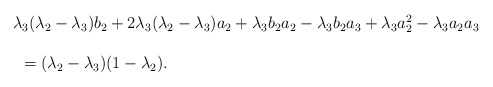
\begin{align*}\begin{array}{lll} && \lambda_3(\lambda_2-\lambda_3)b_2+2\lambda_3(\lambda_2-\lambda_3)a_2+\lambda_3b_2a_2-\lambda_3b_2a_3+\lambda_3a_2^2-\lambda_3a_2a_3\ \\\\&&\ \ =(\lambda_2-\lambda_3)(1-\lambda_2).\end{array}\end{align*}